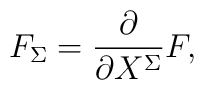
F_{\Sigma}={\partial\over{\partial X^{\Sigma}}}F,